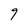
Character: 9